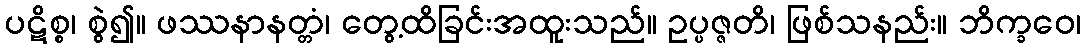
ပဋိစ္စ၊ စွဲ၍။ ဖဿနာနတ္တံ၊ တွေ့ထိခြင်းအထူးသည်။ ဥပ္ပဇ္ဇတိ၊ ဖြစ်သနည်း။ ဘိက္ခဝေ၊